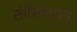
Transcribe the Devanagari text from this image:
संगीताध्याय